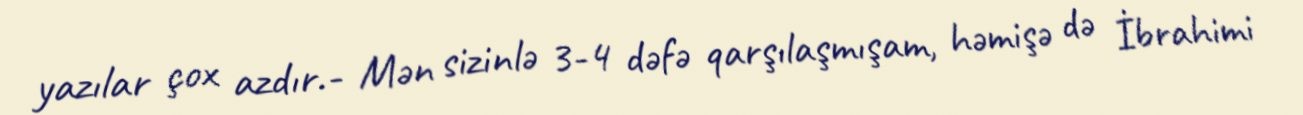
yazılar çox azdır.- Mən sizinlə 3-4 dəfə qarşılaşmışam, həmişə də İbrahimi